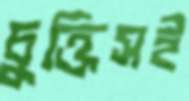
চুক্তিসই